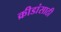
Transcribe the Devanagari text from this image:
क्रीडांसाठी